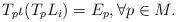
LaTeX: \begin{align*}T_p\iota (T_pL_i)=E_p,\forall p\in M.\end{align*}